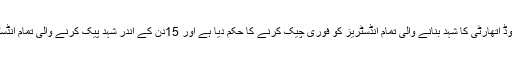
اس موقع پر ڈی جی فوڈ اتھارٹی نورالامین مینگل ڈی جی فوڈ اتھارٹی کا شہد بنانے والی تمام انڈسٹریز کو فوری چیک کرنے کا حکم دیا ہے اور 15دن کے اندر شہد پیک کرنے والی تمام انڈسٹریزکو چیک کر کے عوام کورپورٹ سے مطلع کیا جائے۔